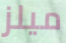
ميلز